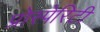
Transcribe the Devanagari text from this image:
प्रोस्पेरिटी